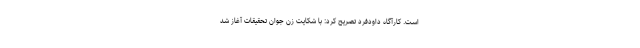
است‌. کارآگاه داودفرد تصریح کرد: با شکایت زن جوان تحقیقات آغاز شد